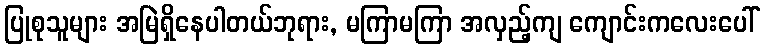
ပြုစုသူများ အမြဲရှိနေပါတယ်ဘုရား, မကြာမကြာ အလှည့်ကျ ကျောင်းကလေးပေါ်